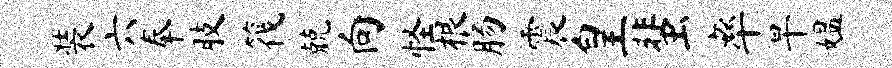
装六奉肢筏兢向怪根肠震皇蜚率旱媪